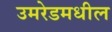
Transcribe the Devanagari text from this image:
उमरेडमधील